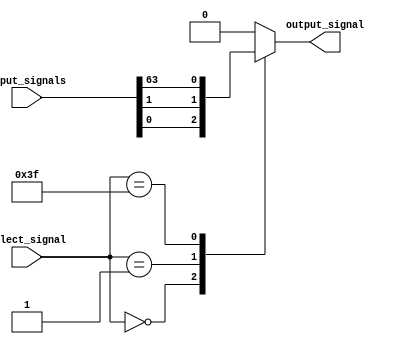
module mux_64to1 (
    input [63:0] input_signals,
    input [5:0] select_signal,
    output reg output_signal
);

always @(*)
begin
    case (select_signal)
        6'b000000: output_signal = input_signals[0];
        6'b000001: output_signal = input_signals[1];
        // Add cases for all 64 input signals here
        6'b111111: output_signal = input_signals[63];
        default: output_signal = 0;
    endcase
end

endmodule